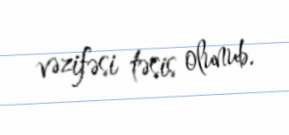
vəzifəsi təsis olunub.